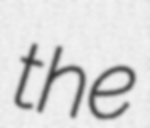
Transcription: the